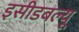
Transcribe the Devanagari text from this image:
इसीडबल्यू